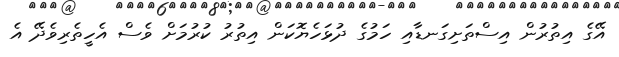
އޭގެ އިތުރުން އިސްތަށިގަނޑާއި ހަމުގެ ދުޅަހެޔޮކަން އިތުރު ކުރުމަށް ވެސް އެހީތެރިވެދޭ އެ